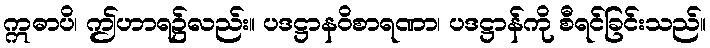
ဣဓာပိ၊ ဤဟာရ၌လည်း။ ပဒဋ္ဌာနဝိစာရဏာ၊ ပဒဋ္ဌာန်ကို စီရင်ခြင်းသည်။